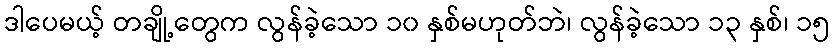
ဒါပေမယ့် တချို့တွေက လွန်ခဲ့သော ၁၀ နှစ်မဟုတ်ဘဲ၊ လွန်ခဲ့သော ၁၃ နှစ်၊ ၁၅